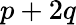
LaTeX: p+2q